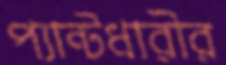
প্যান্টধারীর